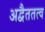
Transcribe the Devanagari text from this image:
अद्वैततत्व